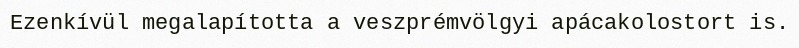
Ezenkívül megalapította a veszprémvölgyi apácakolostort is.